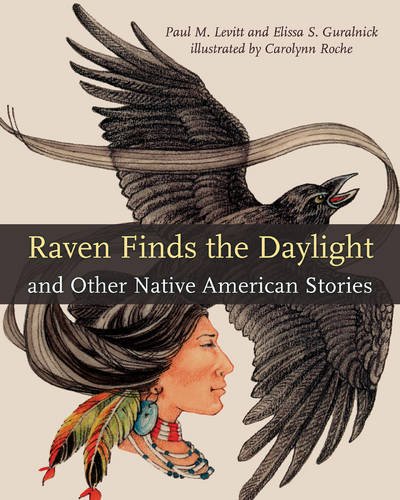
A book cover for Raven Finds the Daylight and Other Native American Stories; Paul M. Levitt; Children's Books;